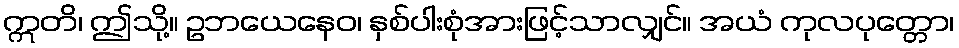
ဣတိ၊ ဤသို့။ ဥဘယေနေဝ၊ နှစ်ပါးစုံအားဖြင့်သာလျှင်။ အယံ ကုလပုတ္တော၊